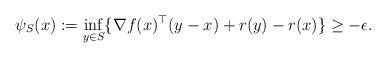
LaTeX: \begin{align*}\psi_S(x):=\inf_{y\in S} \{ \nabla f(x)^{\top}(y-x) + r(y) - r(x) \} \geq - \epsilon .\end{align*}